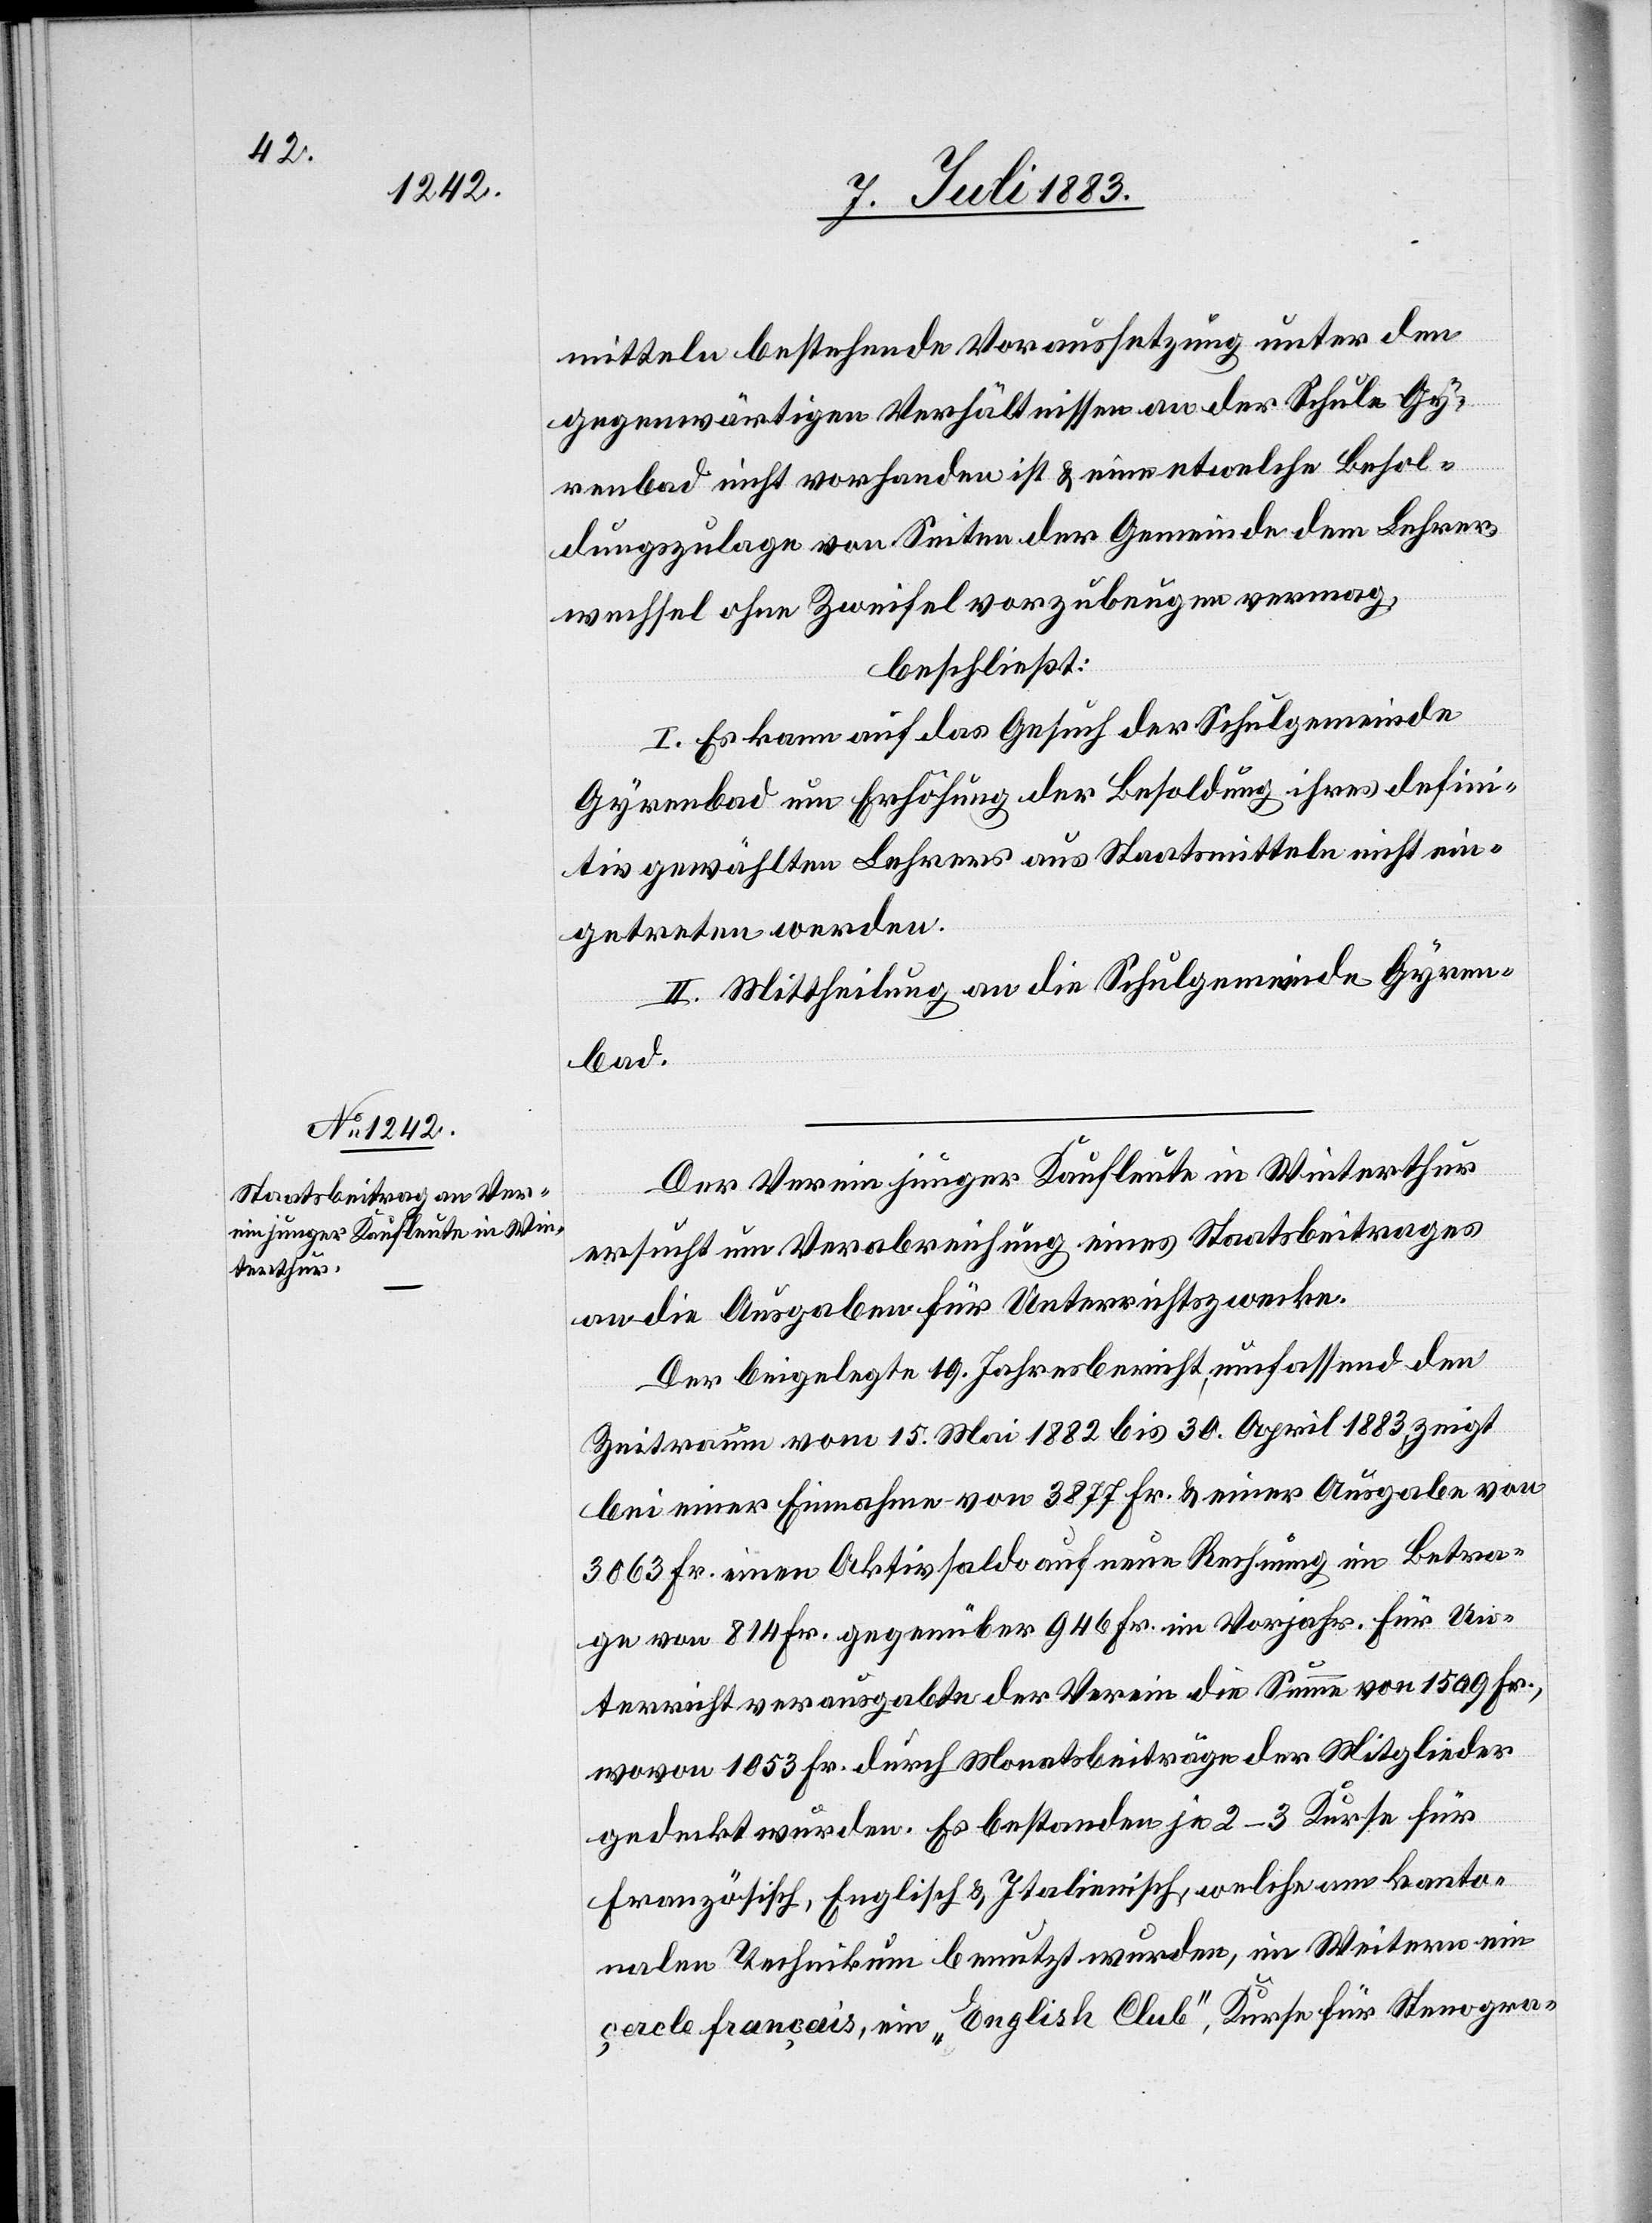
mitteln bestehende Voraussetzung unter den
gegenwärtigen Verhältnissen an der Schule Gy¬
renbad nicht vorhanden ist & eine etwelche Besol¬
dungszulage von Seiten der Gemeinde dem Lehrer¬
wechsel ohne Zweifel vorzubeugen vermag,
beschließt:
I. Es kann auf das Gesuch der Schulgemeinde
Gyrenbad um Erhöhung der Besoldung ihres defini¬
tiv gewählten Lehrers aus Staatsmitteln nicht ein¬
getreten werden.
II. Mittheilung an die Schulgemeinde Gyren¬
bad.
Der Verein junger Kaufleute in Winterthur
ersucht um Verabreichung eines Staatsbeitrages
an die Ausgaben für Unterrichtszwecke.
Der beigelegte 19. Jahresbericht, umfassend den
Zeitraum vom 15. Mai 1882 bis 30. April 1883 zeigt
bei einer Einnahme von 3877 Fr. & einer Ausgabe von
3063 Fr. einen Aktivsaldo auf neue Rechnung im Betra¬
ge von 814 Fr. gegenüber 946 Fr. im Vorjahr. Für Un¬
terricht verausgabte der Verein die Summe von 1509 Fr.,
wovon 1053 Fr. durch Monatsbeiträge der Mitglieder
gedeckt wurden. Es bestanden je 2–3 Kurse für
Französisch, Englisch & Italienisch, welche am kanto¬
nalen Technikum benutzt wurden, im Weitern ein
çercle français, ein „Englisch Club“, Kurse für Stenogra-